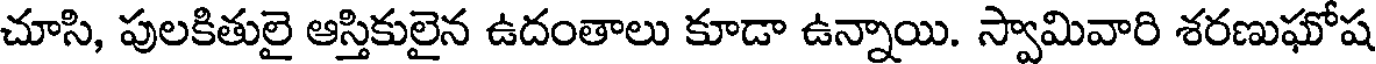
చూసి, పులకితులై ఆస్తికులైన ఉదంతాలు కూడా ఉన్నాయి. స్వామివారి శరణుఘోష